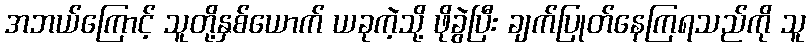
အဘယ်ကြောင့် သူတို့နှစ်ယောက် ယခုကဲ့သို့ ဖိုခွဲပြီး ချက်ပြုတ်နေကြရသည်ကို သူ